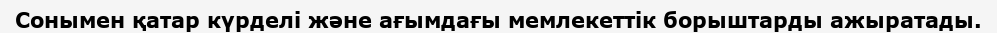
Сонымен қатар күрделі және ағымдағы мемлекеттік борыштарды ажыратады.